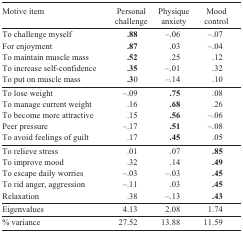
<table><thead><tr><td><b>Motive item</b></td><td><b>Personal challenge</b></td><td><b>Physique anxiety</b></td><td><b>Mood control</b></td></tr></thead><tbody><tr><td>To challenge myself</td><td>.88</td><td>-.06</td><td>-.07</td></tr><tr><td>For enjoyment</td><td><b>.87</b></td><td>.03</td><td>-.04</td></tr><tr><td>To maintain muscle mass</td><td><b>.52</b></td><td>.25</td><td>.12</td></tr><tr><td>To increase self-confidence</td><td><b>.35</b></td><td>-.01</td><td>.32</td></tr><tr><td>To put on muscle mass</td><td><b>.30</b></td><td>-.14</td><td>.10</td></tr><tr><td>To lose weight</td><td>-.09</td><td><b>.75</b></td><td>.08</td></tr><tr><td>To manage current weight</td><td>.16</td><td>.68</td><td>.26</td></tr><tr><td>To become more attractive</td><td>.15</td><td><b>.56</b></td><td>-.06</td></tr><tr><td>Peer pressure</td><td>-.17</td><td><b>.51</b></td><td>-.08</td></tr><tr><td>To avoid feelings of guilt</td><td>.17</td><td><b>.45</b></td><td>.05</td></tr><tr><td>To relieve stress</td><td>.01</td><td>.07</td><td><b>.85</b></td></tr><tr><td>To improve mood</td><td>.32</td><td>.14</td><td><b>.49</b></td></tr><tr><td>To escape daily worries</td><td>-.03</td><td>-.03</td><td><b>.45</b></td></tr><tr><td>To rid anger, aggression</td><td>-.11</td><td>.03</td><td><b>.45</b></td></tr><tr><td>Relaxation</td><td>.38</td><td>-.13</td><td><b>.43</b></td></tr><tr><td>Eigenvalues</td><td>4.13</td><td>2.08</td><td>1.74</td></tr><tr><td>% variance</td><td>27.52</td><td>13.88</td><td>11.59</td></tr></tbody></table>